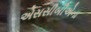
એસસીબીએના